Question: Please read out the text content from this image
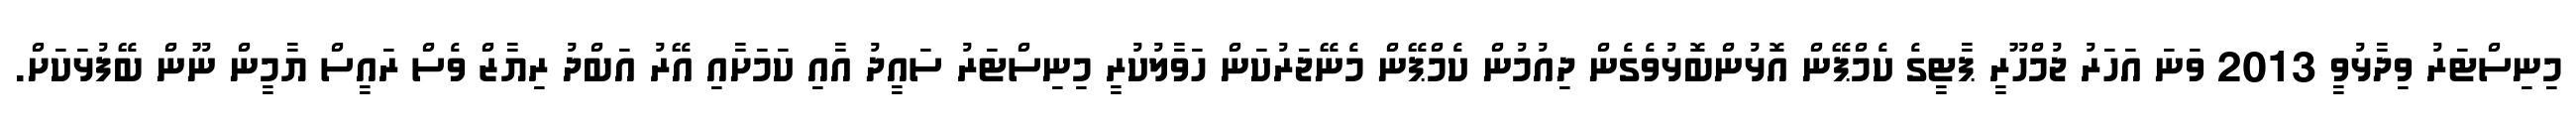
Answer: މިނިސްޓަރު ވިދާޅުވީ 2013 ވަނަ އަހަރު ޖުމްހޫރީ ޕާޓީގެ ކެމްޕޭން އޮޅުންބޮޅުވެގެން ދިއުމުން ކެމްޕޭން މެނޭޖަރުކަން ހަވާލުކުރީ މިނިސްޓަރު ސައީދު އާއި ކަމަށާއި އޭރު އަބްދު ރިޔާޒް ވެސް ރައީސް ޔާމީން ނޫން ބޭފުޅަކަށް.